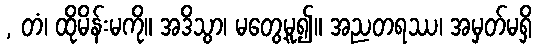
, တံ၊ ထိုမိန်းမကို။ အဒိသွာ၊ မတွေ့မူ၍။ အညတရဿ၊ အမှတ်မရှိ